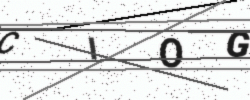
Text: CIOG